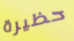
حظيرة